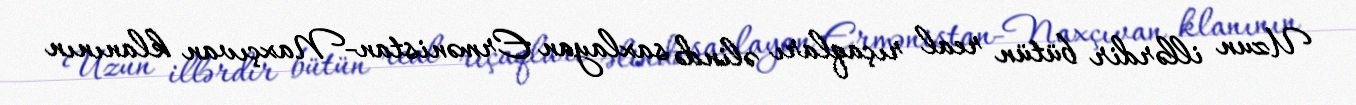
Uzun illərdir bütün real rıçaqları əlində saxlayan Ermənistan-Naxçıvan klanının